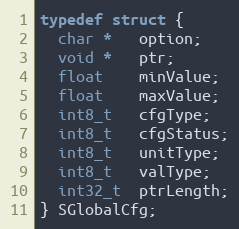
Language: C
typedef struct {
  char *   option;
  void *   ptr;
  float    minValue;
  float    maxValue;
  int8_t   cfgType;
  int8_t   cfgStatus;
  int8_t   unitType;
  int8_t   valType;
  int32_t  ptrLength;
} SGlobalCfg;